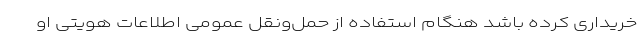
خریداری کرده باشد هنگام استفاده از حمل‌ونقل عمومی اطلاعات هویتی او